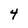
Character: 4